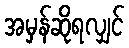
အမှန်ဆိုရလျှင်